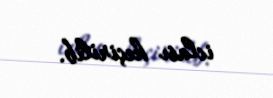
iclası keçirilib.